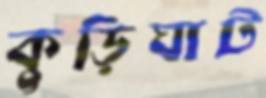
কুড়িঘাট